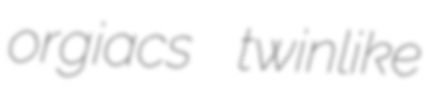
orgiacs twinlike